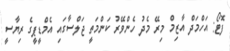
ފޮޓޯ: އަހްމަދް އާޒިމް މިރޭ މެދު ހެންވޭރު ކަންމަތީ ޖަލްސާގައި އެމްޑީޕީގެ ރިޔާސީ